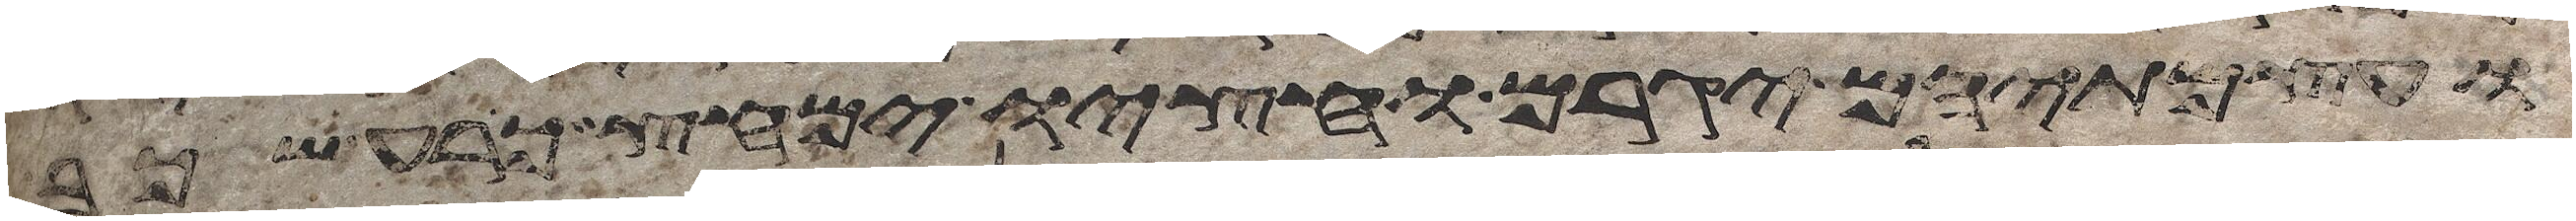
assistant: ועצמתיהם יגרם וחציו ימחץ כרע שכב